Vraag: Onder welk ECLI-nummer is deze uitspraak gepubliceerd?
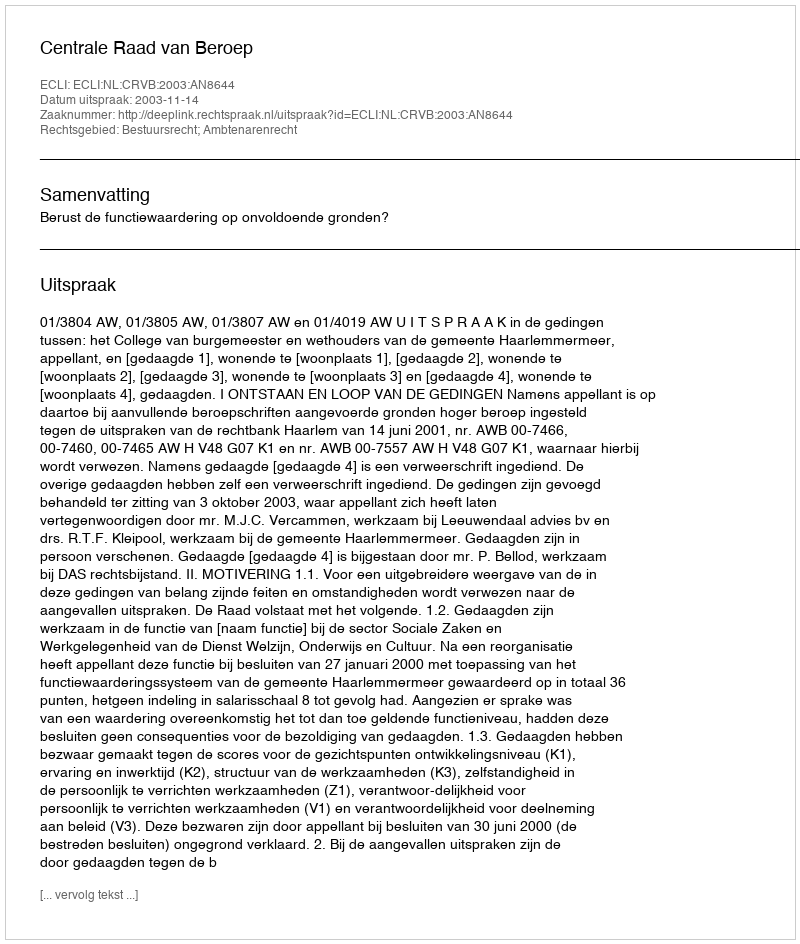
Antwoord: ECLI:NL:CRVB:2003:AN8644